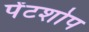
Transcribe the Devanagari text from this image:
पेंटशोप